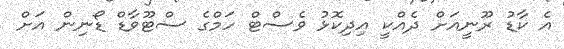
އެ ކާޑު ރޫނީއަށް ދެއްކީ އިދިކޮޅު ވެސްޓް ހަމްގެ ސްޓޫވާޑް ޑޯނިން އަށް